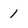
Character: 1